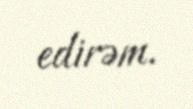
edirəm.